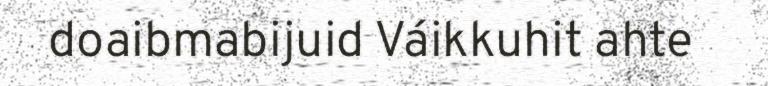
doaibmabijuid Váikkuhit ahte